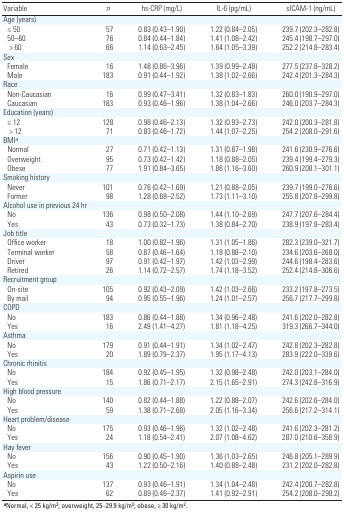
<table><thead><tr><td><b>Variable</b></td><td><b><i>n</i></b></td><td><b>hs-CRP (mg/L)</b></td><td><b>IL-6 (pg/mL)</b></td><td><b>sICAM-1 (ng/mL)</b></td></tr></thead><tbody><tr><td>Age (years)</td><td></td><td></td><td></td><td></td><td></td><td></td><td></td><td></td></tr><tr><td>≤ 50</td><td></td><td>57</td><td></td><td>0.83 (0.43–1.90)</td><td></td><td>1.22 (0.84–2.05)</td><td></td><td>239.7 (202.3–282.8)</td></tr><tr><td>50–60</td><td></td><td>76</td><td></td><td>0.84 (0.44–1.84)</td><td></td><td>1.41 (1.08–2.42)</td><td></td><td>245.4 (198.7–297.0)</td></tr><tr><td> &gt; 60</td><td></td><td>66</td><td></td><td>1.14 (0.63–2.45)</td><td></td><td>1.64 (1.05–3.39)</td><td></td><td>252.2 (214.8–283.4)</td></tr><tr><td>Sex </td><td></td><td></td><td></td><td></td><td></td><td></td><td></td><td></td></tr><tr><td>Female</td><td></td><td>16</td><td></td><td>1.48 (0.86–3.96)</td><td></td><td>1.39 (0.99–2.48)</td><td></td><td>277.5 (237.8–328.2)</td></tr><tr><td>Male</td><td></td><td>183</td><td></td><td>0.91 (0.44–1.92)</td><td></td><td>1.38 (1.02–2.66)</td><td></td><td>242.4 (201.3–284.3)</td></tr><tr><td>Race</td><td></td><td></td><td></td><td></td><td></td><td></td><td></td><td></td></tr><tr><td>Non-Caucasian</td><td></td><td>16</td><td></td><td>0.99 (0.47–3.41)</td><td></td><td>1.32 (0.83–1.83)</td><td></td><td>260.0 (190.9–297.0)</td></tr><tr><td>Caucasian</td><td></td><td>183</td><td></td><td>0.93 (0.46–1.96)</td><td></td><td>1.38 (1.04–2.66)</td><td></td><td>246.0 (203.7–284.3)</td></tr><tr><td>Education (years)</td><td></td><td></td><td></td><td></td><td></td><td></td><td></td><td></td></tr><tr><td>≤ 12 </td><td></td><td>128</td><td></td><td>0.98 (0.46–2.13)</td><td></td><td>1.32 (0.93–2.73)</td><td></td><td>242.0 (200.3–281.8)</td></tr><tr><td> &gt; 12 </td><td></td><td>71</td><td></td><td>0.83 (0.46–1.72)</td><td></td><td>1.44 (1.07–2.25)</td><td></td><td>254.2 (208.0–291.6)</td></tr><tr><td>BMI<i>a</i></td><td></td><td></td><td></td><td></td><td></td><td></td><td></td><td></td></tr><tr><td>Normal</td><td></td><td>27</td><td></td><td>0.71 (0.42–1.13)</td><td></td><td>1.31 (0.87–1.98)</td><td></td><td>241.6 (230.9–276.6)</td></tr><tr><td>Overweight</td><td></td><td>95</td><td></td><td>0.73 (0.42–1.42)</td><td></td><td>1.18 (0.88–2.05)</td><td></td><td>239.4 (199.4–279.3)</td></tr><tr><td>Obese</td><td></td><td>77</td><td></td><td>1.91 (0.84–3.65)</td><td></td><td>1.86 (1.16–3.60)</td><td></td><td>260.9 (208.1–301.1)</td></tr><tr><td>Smoking history</td><td></td><td></td><td></td><td></td><td></td><td></td><td></td><td></td></tr><tr><td>Never</td><td></td><td>101</td><td></td><td>0.76 (0.42–1.69)</td><td></td><td>1.21 (0.88–2.05)</td><td></td><td>239.7 (199.0–276.6)</td></tr><tr><td>Former</td><td></td><td>98</td><td></td><td>1.28 (0.68–2.52)</td><td></td><td>1.73 (1.11–3.10)</td><td></td><td>255.8 (207.8–299.8)</td></tr><tr><td colspan="2">Alcohol use in previous 24 hr</td><td></td><td></td><td></td><td></td><td></td><td></td><td></td></tr><tr><td>No</td><td></td><td>136</td><td></td><td>0.98 (0.50–2.08)</td><td></td><td>1.44 (1.10–2.69)</td><td></td><td>247.7 (207.6–284.4)</td></tr><tr><td>Yes</td><td></td><td>43</td><td></td><td>0.73 (0.32–1.73)</td><td></td><td>1.38 (0.84–2.70)</td><td></td><td>238.9 (197.8–283.4)</td></tr><tr><td>Job title</td><td></td><td></td><td></td><td></td><td></td><td></td><td></td><td></td></tr><tr><td>Office worker</td><td></td><td>18</td><td></td><td>1.00 (0.82–1.96)</td><td></td><td>1.31 (1.05–1.86)</td><td></td><td>282.3 (239.0–321.7)</td></tr><tr><td>Terminal worker</td><td></td><td>58</td><td></td><td>0.87 (0.46–1.64)</td><td></td><td>1.18 (0.88–2.10)</td><td></td><td>234.6 (203.6–268.0)</td></tr><tr><td>Driver</td><td></td><td>97</td><td></td><td>0.91 (0.42–1.97)</td><td></td><td>1.42 (1.03–2.99)</td><td></td><td>244.6 (198.4–283.6)</td></tr><tr><td>Retired</td><td></td><td>26</td><td></td><td>1.14 (0.72–2.57)</td><td></td><td>1.74 (1.18–3.52)</td><td></td><td>252.4 (214.8–306.6)</td></tr><tr><td>Recruitment group</td><td></td><td></td><td></td><td></td><td></td><td></td><td></td><td></td></tr><tr><td>On-site</td><td></td><td>105</td><td></td><td>0.92 (0.43–2.09)</td><td></td><td>1.42 (1.03–2.66)</td><td></td><td>233.2 (197.8–273.5)</td></tr><tr><td>By mail</td><td></td><td>94</td><td></td><td>0.95 (0.55–1.96)</td><td></td><td>1.24 (1.01–2.57)</td><td></td><td>256.7 (217.7–299.8)</td></tr><tr><td>COPD</td><td></td><td></td><td></td><td></td><td></td><td></td><td></td><td></td></tr><tr><td>No</td><td></td><td>183</td><td></td><td>0.86 (0.44–1.88)</td><td></td><td>1.34 (0.96–2.48)</td><td></td><td>241.6 (202.0–282.8)</td></tr><tr><td>Yes</td><td></td><td>16</td><td></td><td>2.49 (1.41–4.27)</td><td></td><td>1.81 (1.18–4.25)</td><td></td><td>319.3 (266.7–344.0)</td></tr><tr><td>Asthma</td><td></td><td></td><td></td><td></td><td></td><td></td><td></td><td></td></tr><tr><td>No</td><td></td><td>179</td><td></td><td>0.91 (0.44–1.91)</td><td></td><td>1.34 (1.02–2.47)</td><td></td><td>242.8 (202.3–282.8)</td></tr><tr><td>Yes</td><td></td><td>20</td><td></td><td>1.89 (0.79–2.37)</td><td></td><td>1.95 (1.17–4.13)</td><td></td><td>283.9 (222.0–339.6)</td></tr><tr><td>Chronic rhinitis</td><td></td><td></td><td></td><td></td><td></td><td></td><td></td><td></td></tr><tr><td>No</td><td></td><td>184</td><td></td><td>0.92 (0.45–1.95)</td><td></td><td>1.32 (0.98–2.48)</td><td></td><td>242.0 (203.1–284.0)</td></tr><tr><td>Yes</td><td></td><td>15</td><td></td><td>1.86 (0.71–2.17)</td><td></td><td>2.15 (1.65–2.91)</td><td></td><td>274.3 (242.8–316.9)</td></tr><tr><td>High blood pressure</td><td></td><td></td><td></td><td></td><td></td><td></td><td></td><td></td></tr><tr><td>No</td><td></td><td>140</td><td></td><td>0.82 (0.44–1.88)</td><td></td><td>1.22 (0.88–2.07)</td><td></td><td>242.6 (202.6–284.0)</td></tr><tr><td>Yes</td><td></td><td>59</td><td></td><td>1.38 (0.71–2.68)</td><td></td><td>2.05 (1.16–3.34)</td><td></td><td>256.6 (217.2–314.1)</td></tr><tr><td>Heart problem/disease</td><td></td><td></td><td></td><td></td><td></td><td></td><td></td><td></td></tr><tr><td>No</td><td></td><td>175</td><td></td><td>0.93 (0.46–1.96)</td><td></td><td>1.32 (1.02–2.48)</td><td></td><td>241.6 (202.3–281.2)</td></tr><tr><td>Yes</td><td></td><td>24</td><td></td><td>1.18 (0.54–2.41)</td><td></td><td>2.07 (1.08–4.62)</td><td></td><td>287.0 (210.6–358.9)</td></tr><tr><td>Hay fever</td><td></td><td></td><td></td><td></td><td></td><td></td><td></td><td></td></tr><tr><td>No</td><td></td><td>156</td><td></td><td>0.90 (0.45–1.90)</td><td></td><td>1.36 (1.03–2.65)</td><td></td><td>246.8 (205.1–289.9)</td></tr><tr><td>Yes</td><td></td><td>43</td><td></td><td>1.22 (0.50–2.16)</td><td></td><td>1.40 (0.88–2.48)</td><td></td><td>231.2 (202.0–282.8)</td></tr><tr><td>Aspirin use</td><td></td><td></td><td></td><td></td><td></td><td></td><td></td><td></td></tr><tr><td>No</td><td></td><td>137</td><td></td><td>0.93 (0.46–1.91)</td><td></td><td>1.34 (1.04–2.48)</td><td></td><td>242.4 (200.7–282.8)</td></tr><tr><td>Yes</td><td></td><td>62</td><td></td><td>0.89 (0.46–2.37)</td><td></td><td>1.41 (0.92–2.91)</td><td></td><td>254.2 (208.0–290.2)</td></tr><tr><td colspan="9"><b>a</b>Normal, &lt; 25 kg/m<sup>2</sup>; overweight, 25–29.9 kg/m<sup>2</sup>; obese, ≥ 30 kg/m<sup>2</sup>.</td></tr></tbody></table>